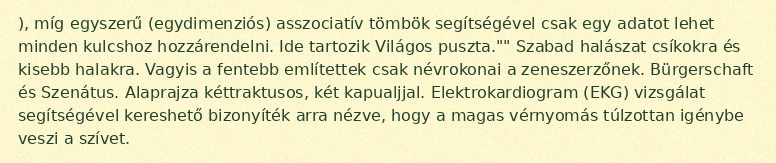
), míg egyszerű (egydimenziós) asszociatív tömbök segítségével csak egy adatot lehet minden kulcshoz hozzárendelni. Ide tartozik Világos puszta."" Szabad halászat csíkokra és kisebb halakra. Vagyis a fentebb említettek csak névrokonai a zeneszerzőnek. Bürgerschaft és Szenátus. Alaprajza kéttraktusos, két kapualjjal. Elektrokardiogram (EKG) vizsgálat segítségével kereshető bizonyíték arra nézve, hogy a magas vérnyomás túlzottan igénybe veszi a szívet.